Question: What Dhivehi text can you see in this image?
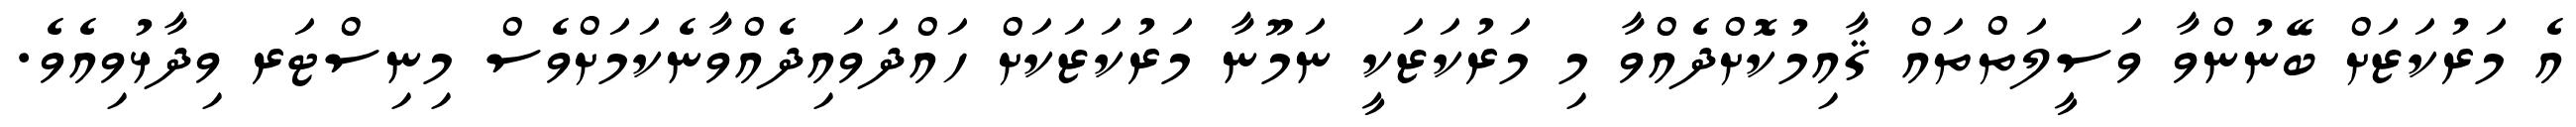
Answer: އެ މަރުކަޒަށް ބޭނުންވާ ވަސީލަތްތައް ޤާއިމުކޮށްދެއްވާ މި މަރުކަޒަކީ ނަމޫނާ މަރުކަޒަކަށް ހައްދަވައިދެއްވާނެކަމަށްވެސް މިނިސްޓަރ ވިދާޅުވިއެވެ.